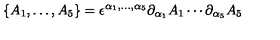
\{ A _ { 1 } , \dots , A _ { 5 } \} = \epsilon ^ { \alpha _ { 1 } , \dots , \alpha _ { 5 } } \partial _ { \alpha _ { 1 } } A _ { 1 } \cdots \partial _ { \alpha _ { 5 } } A _ { 5 }